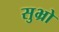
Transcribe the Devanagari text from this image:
सुभ्रो